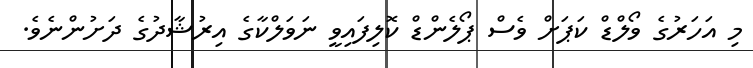
މި އަހަރުގެ ވޯލްޑް ކަޕަށް ވެސް ޕޯލެންޑް ކޮލިފައިވީ ނަވަލްކާގެ އިރުޝާދުގެ ދަށުންނެވެ.